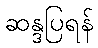
ဆန္ဒပြရန်